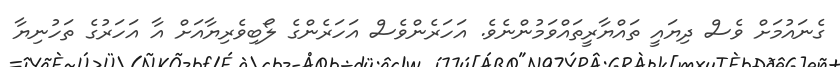
ގެނައުމަށް ވެސް ދިޔައީ ތައްޔާރީތައްވަމުންނެވެ. އަހަރެންވެސް އަހަރެންގެ ލޯބިވެރިޔާއަށް އާ އަހަރުގެ ތަހުނިޔާ